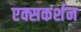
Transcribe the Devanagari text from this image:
एक्सकर्शन